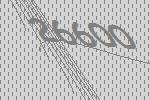
26600